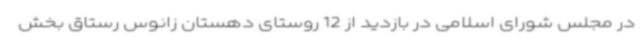
در مجلس شورای اسلامی در بازدید از 12 روستای دهستان زانوس رستاق بخش